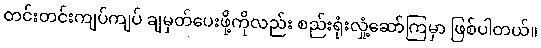
တင်းတင်းကျပ်ကျပ် ချမှတ်ပေးဖို့ကိုလည်း စည်းရုံးလှုံ့ဆော်ကြမှာ ဖြစ်ပါတယ်။